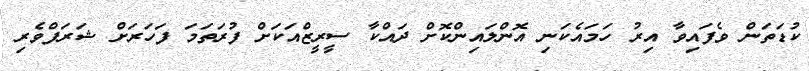
ކުޑަތަން ވެފައިވާ އިރު ހަމައެކަނި އޮންލައިންކޮށް ދައްކާ ސީރީޒްއަކަށް ފުރަތަމަ ފަހަރަށް ޝަރަފްވެރި